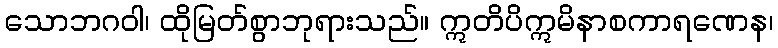
သောဘဂဝါ၊ ထိုမြတ်စွာဘုရားသည်။ ဣတိပိဣမိနာစကာရဏေန၊